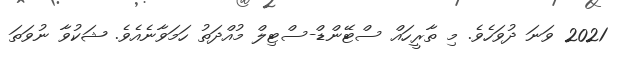
2021 ވަނަ ދުވަހެވެ. މި ތާރީހައް ސްޓޭންޑް-ސްޓިލް މުއްދަތު ހަމަވާނެއެވެ. ޝަކުވާ ނުވަތަ